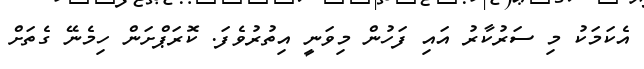
އެކަމަކު މި ސަރުކާރު އައި ފަހުން މިވަނީ އިތުރުވެފަ. ކޮރަޕްށަން ހިމެނޭ ގެތަށް